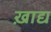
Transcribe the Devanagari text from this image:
ख़ाद्य